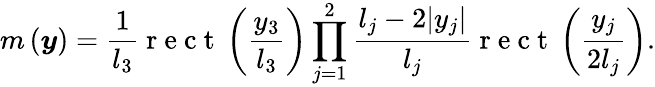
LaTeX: m\left(\boldsymbol{y}\right)=\frac{1}{l_{3}}\mathrm{~r~e~c~t~}\left(\frac{y_{3}}{l_{3}}\right)\prod_{j=1}^{2}\frac{l_{j}-2|y_{j}|}{l_{j}}\mathrm{~r~e~c~t~}\left(\frac{y_{j}}{2l_{j}}\right).